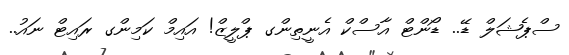
ސްޕެޝަލް ޑޭ.. ޑޯންޓް އާސްކް އެނީތިންގ ޕްލީޒް! އައިމް ކަމިންގ ރައިޓް ނައު..